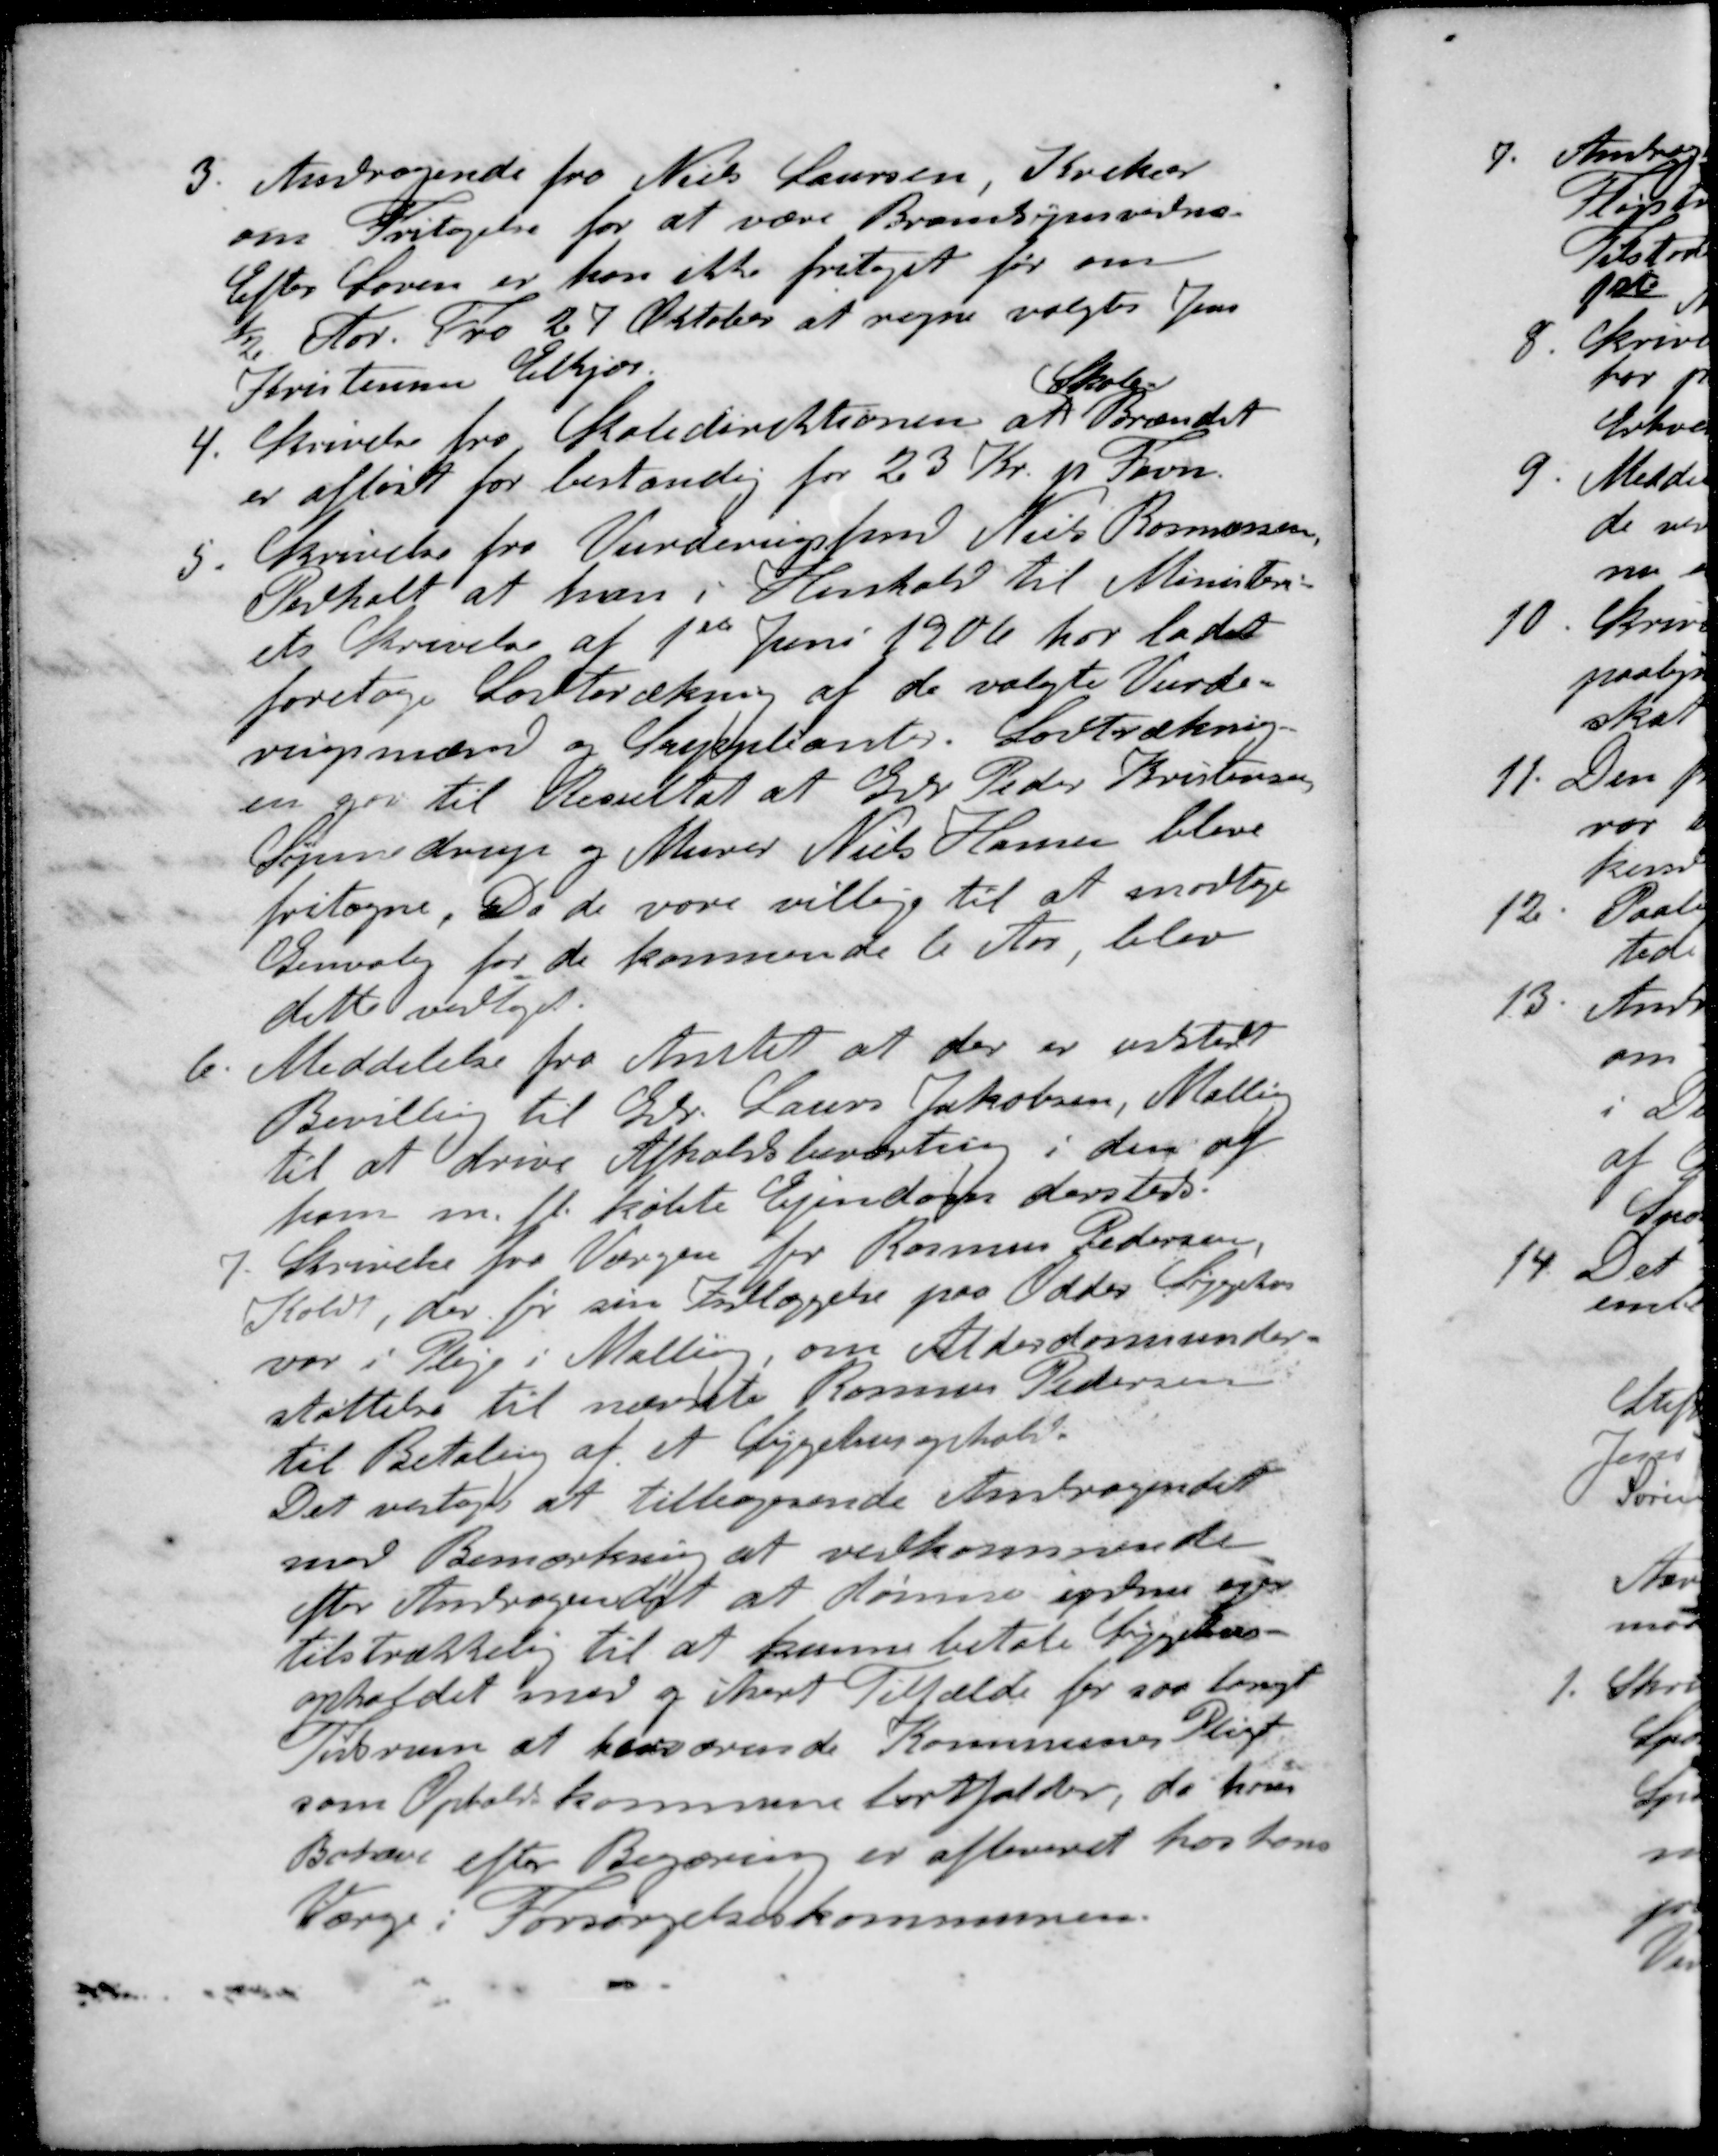
Transskription:
3. Andragende fra Niels Laursen, Krekær
om Fritagelse for at være Brandsynsvidne
Efter Loven er kan ikke fritaget før om
½ Aar. Fra 27 Oktober at regne valgtes Jens
Kristensen Elkjær
Skole-
4. Skrivelse fra Skoledirektionen at Brændet
er afløst for bestandig for 23 Kr. pr Favn.
5. Skrivelse fra Vurderingsfmd Niels Rasmussen
Pedholt at han i Henhold til Ministeri-
ets Skrivelse af 1ste Juni 1906 har ladet
foretage Lodtrækning af de valgte Vurde-
rigsmænd og Suppleanter. Lodtrækning-
en gav til Resultat at Gdr Peder Kristensen
Synnedrup og Murer Niels Hansen blive
fritagne. Da de vare villige til at modtage
Genvalig for de kommende 6 Aar blev
dette vedtaget.
6. Meddelelse fra Amtet at der er udstedt
Bevillig til Gdr. Laurs Jakobsen, Malling
til at drive Afholdsbeværtning i den af
ham m. fl. købte Ejendom dersteds.
7. Skrivelse fra Værgen for Rasmus Pedersen,
Koldt, der før sin Indlæggelse paa Odder Sygehus
var i Pleje i Malling, om Alderdomsunder-
støttelse til nævnte Rasmus Pedersen
til Betaling af et Sygehusophold.
Det vedtoges at tilbagesende Andragendet
med Bemærkning at vedkommende
efter Andragendet at dømme  ejer
tilstrækkelig til at kunne betale Sygehus-
opholdet med og ihvert Tilfælde for saa langt
Tidsrum at herværende Kommunes Pligt
som Opholdskommune bortfalder, da hans
Bohave efter Begæring er afleveret hos hans
Værge i Forsørgelseskommunen